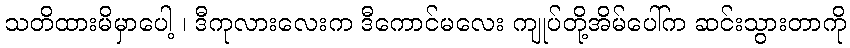
သတိထားမိမှာပေါ့ ၊ ဒီကုလားလေးက ဒီကောင်မလေး ကျုပ်တို့အိမ်ပေါ်က ဆင်းသွားတာကို